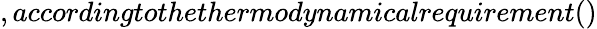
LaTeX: ,accordingtothethermodynamicalrequirement()